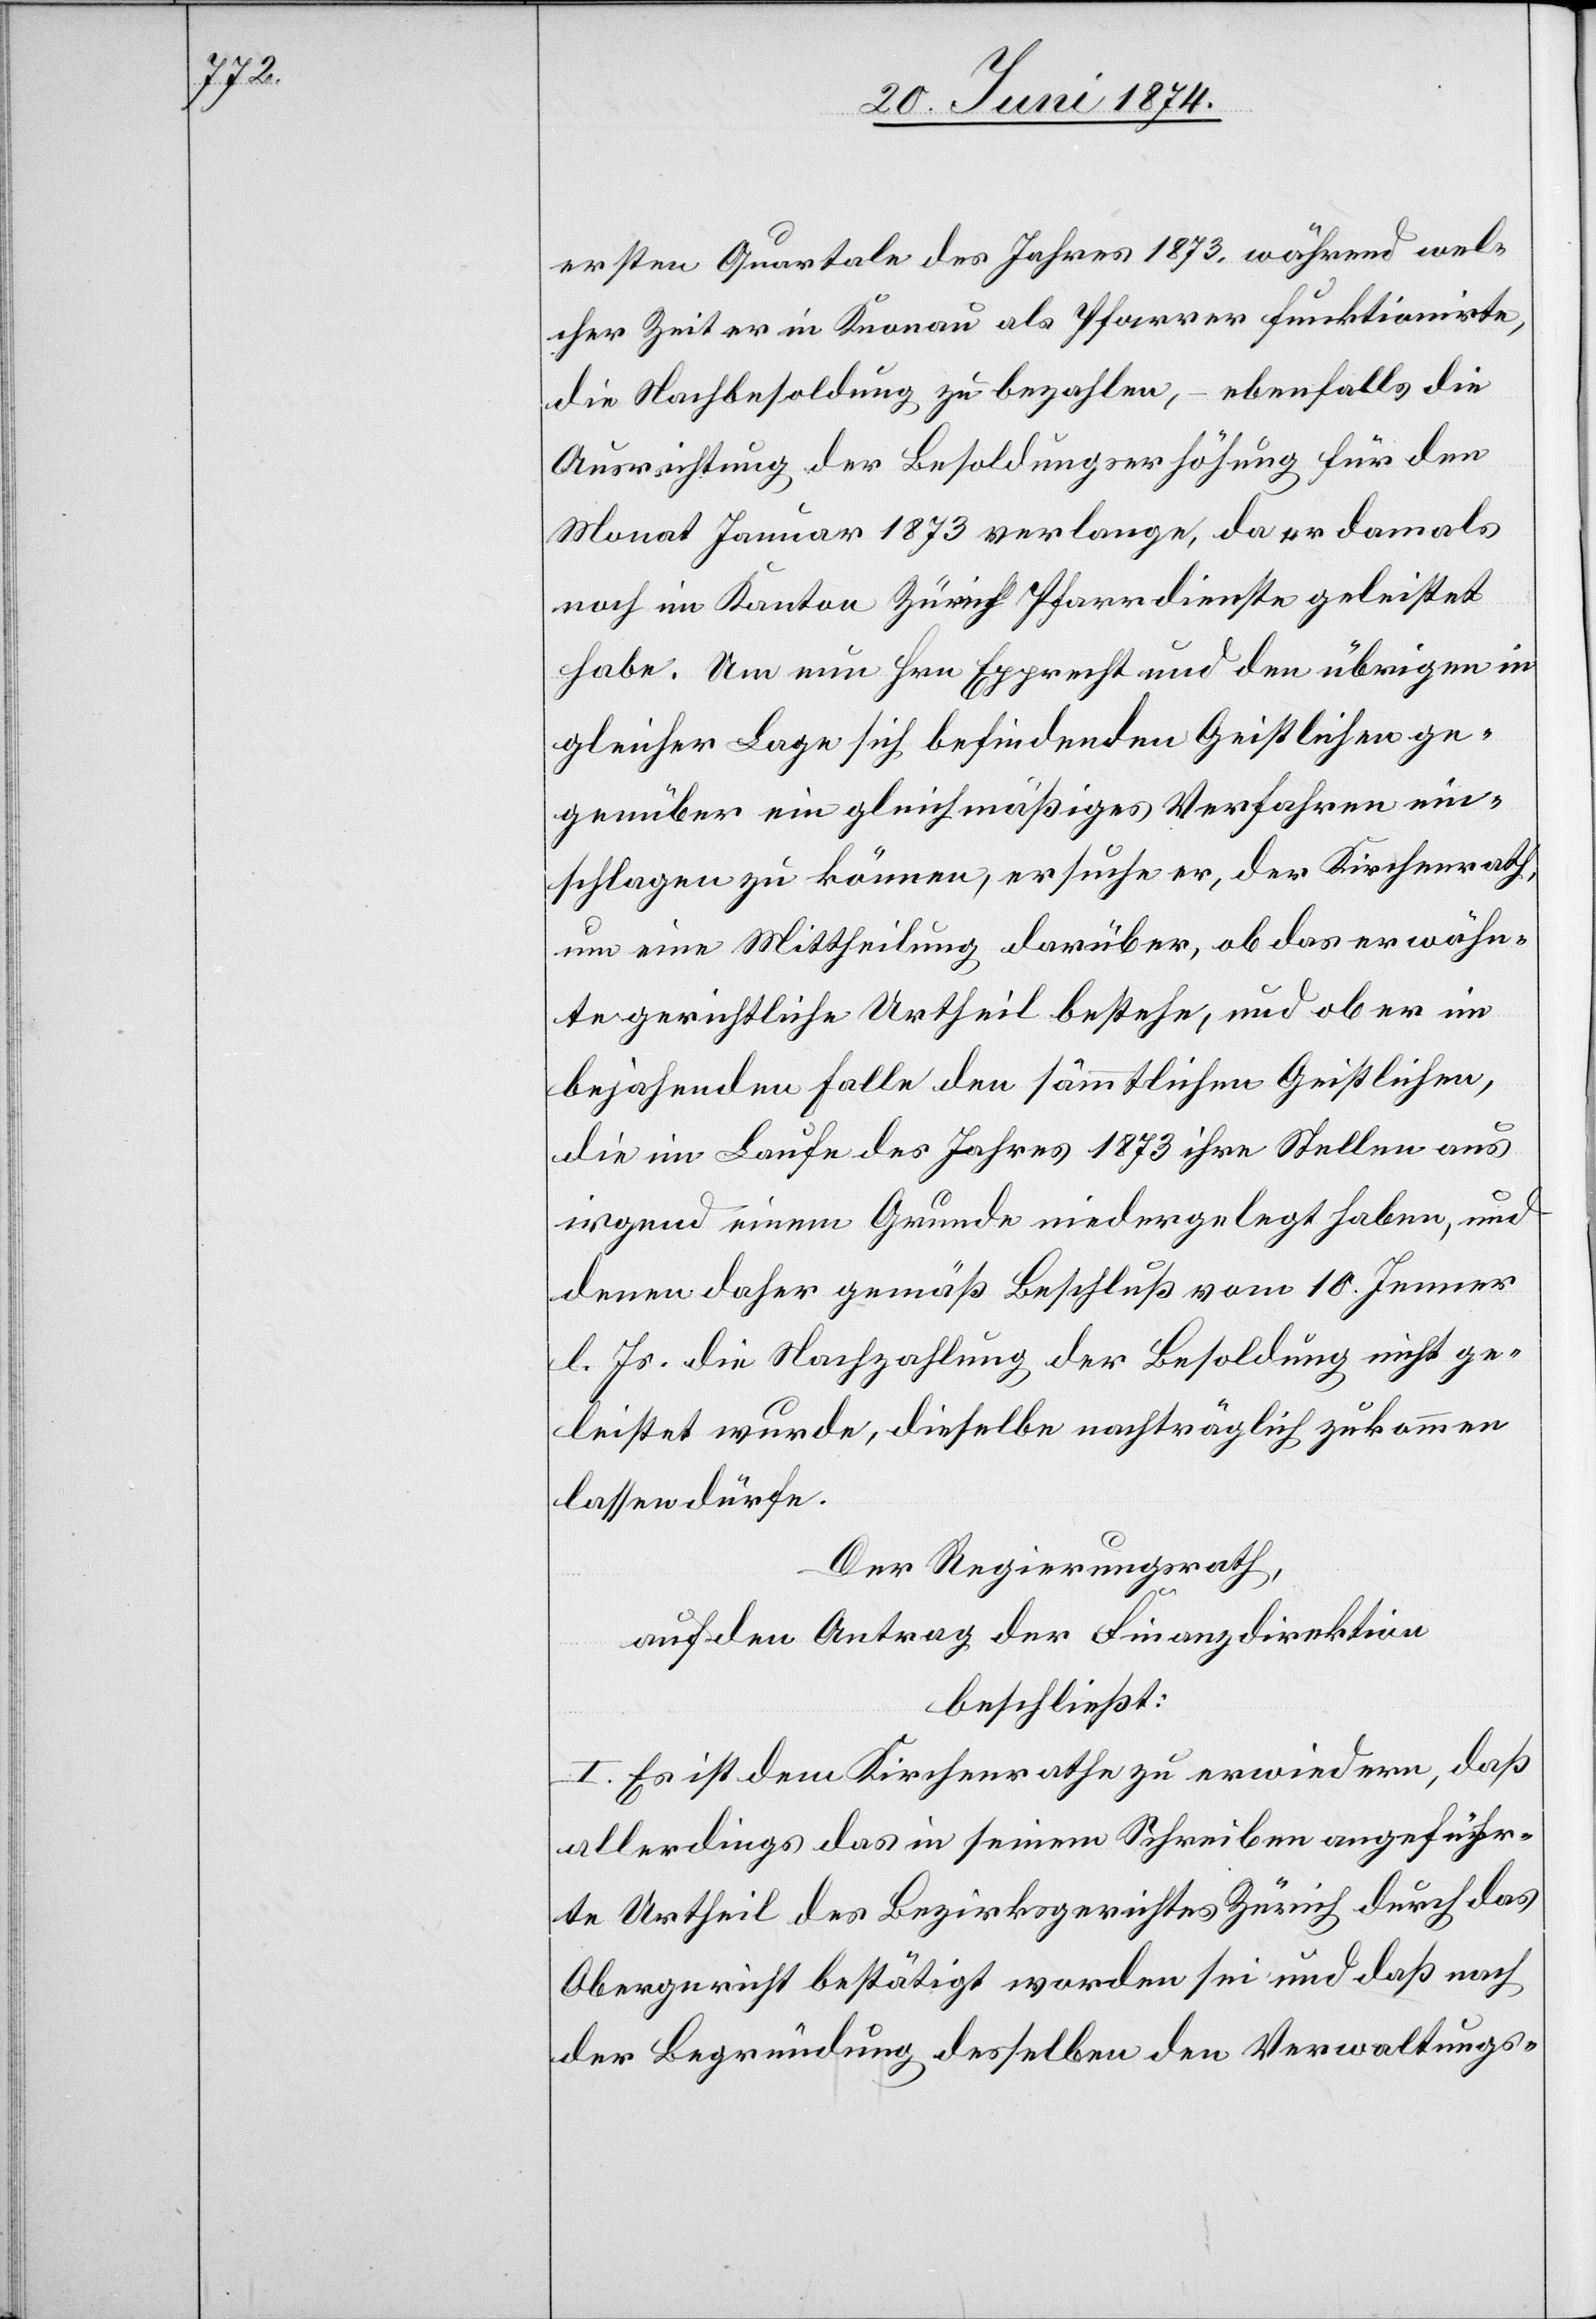
ersten Quartale des Jahres 1873, während wel¬
cher Zeit er in Knonau als Pfarrer funktionierte,
die Nachbesoldung zu bezahlen, – ebenfalls die
Ausrichtung der Besoldungserhöhung für den
Monat Januar 1873 verlange, da er damals
noch im Kanton Zürich Pfarrdienste geleistet
habe. Um nun Hrn. Epprecht und den übrigen in
gleicher Lage sich befindenden Geistlichen ge¬
genüber ein gleichmäßiges Verfahren ein¬
schlagen zu können, ersuche er, der Kirchenrath,
um eine Mittheilung darüber, ob das erwähn¬
te gerichtliche Urtheil bestehe, und ob er im
bejahenden Falle den sämmtlichen Geistlichen,
die im Laufe des Jahres 1873 ihre Stellen aus
irgend einem Grunde niedergelegt haben, und
denen daher gemäß Beschluß vom 10. Jenner
l. Js. die Nachzahlung der Besoldung nicht ge¬
leistet wurde, dieselbe nachträglich zukommen
lassen dürfe.
Der Regierungsrath,
auf den Antrag der Finanzdirektion,
beschließt:
I. Es ist dem Kirchenrathe zu erwiedern, daß
allerdings das in seinem Schreiben angeführ¬
te Urtheil des Bezirksgerichtes Zürich durch das
Obergericht bestätigt worden sei und daß nach
der Begründung desselben den Verwaltungs-